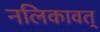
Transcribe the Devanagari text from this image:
नलिकावत्‌